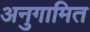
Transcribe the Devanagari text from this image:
अनुगामित